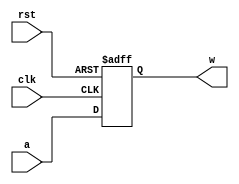
module Reg4bits(clk, rst, a, w);
	input [3:0] a;
	input clk, rst;
	output reg [3:0] w;
	always @(posedge clk, posedge rst)
	begin
		if(rst == 1) w = 4'b0;
		else w <= a;
	end
endmodule